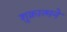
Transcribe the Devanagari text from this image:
शुक्रात्मने